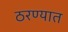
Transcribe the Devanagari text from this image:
ठरण्यात